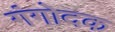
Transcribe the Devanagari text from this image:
गंगोदक